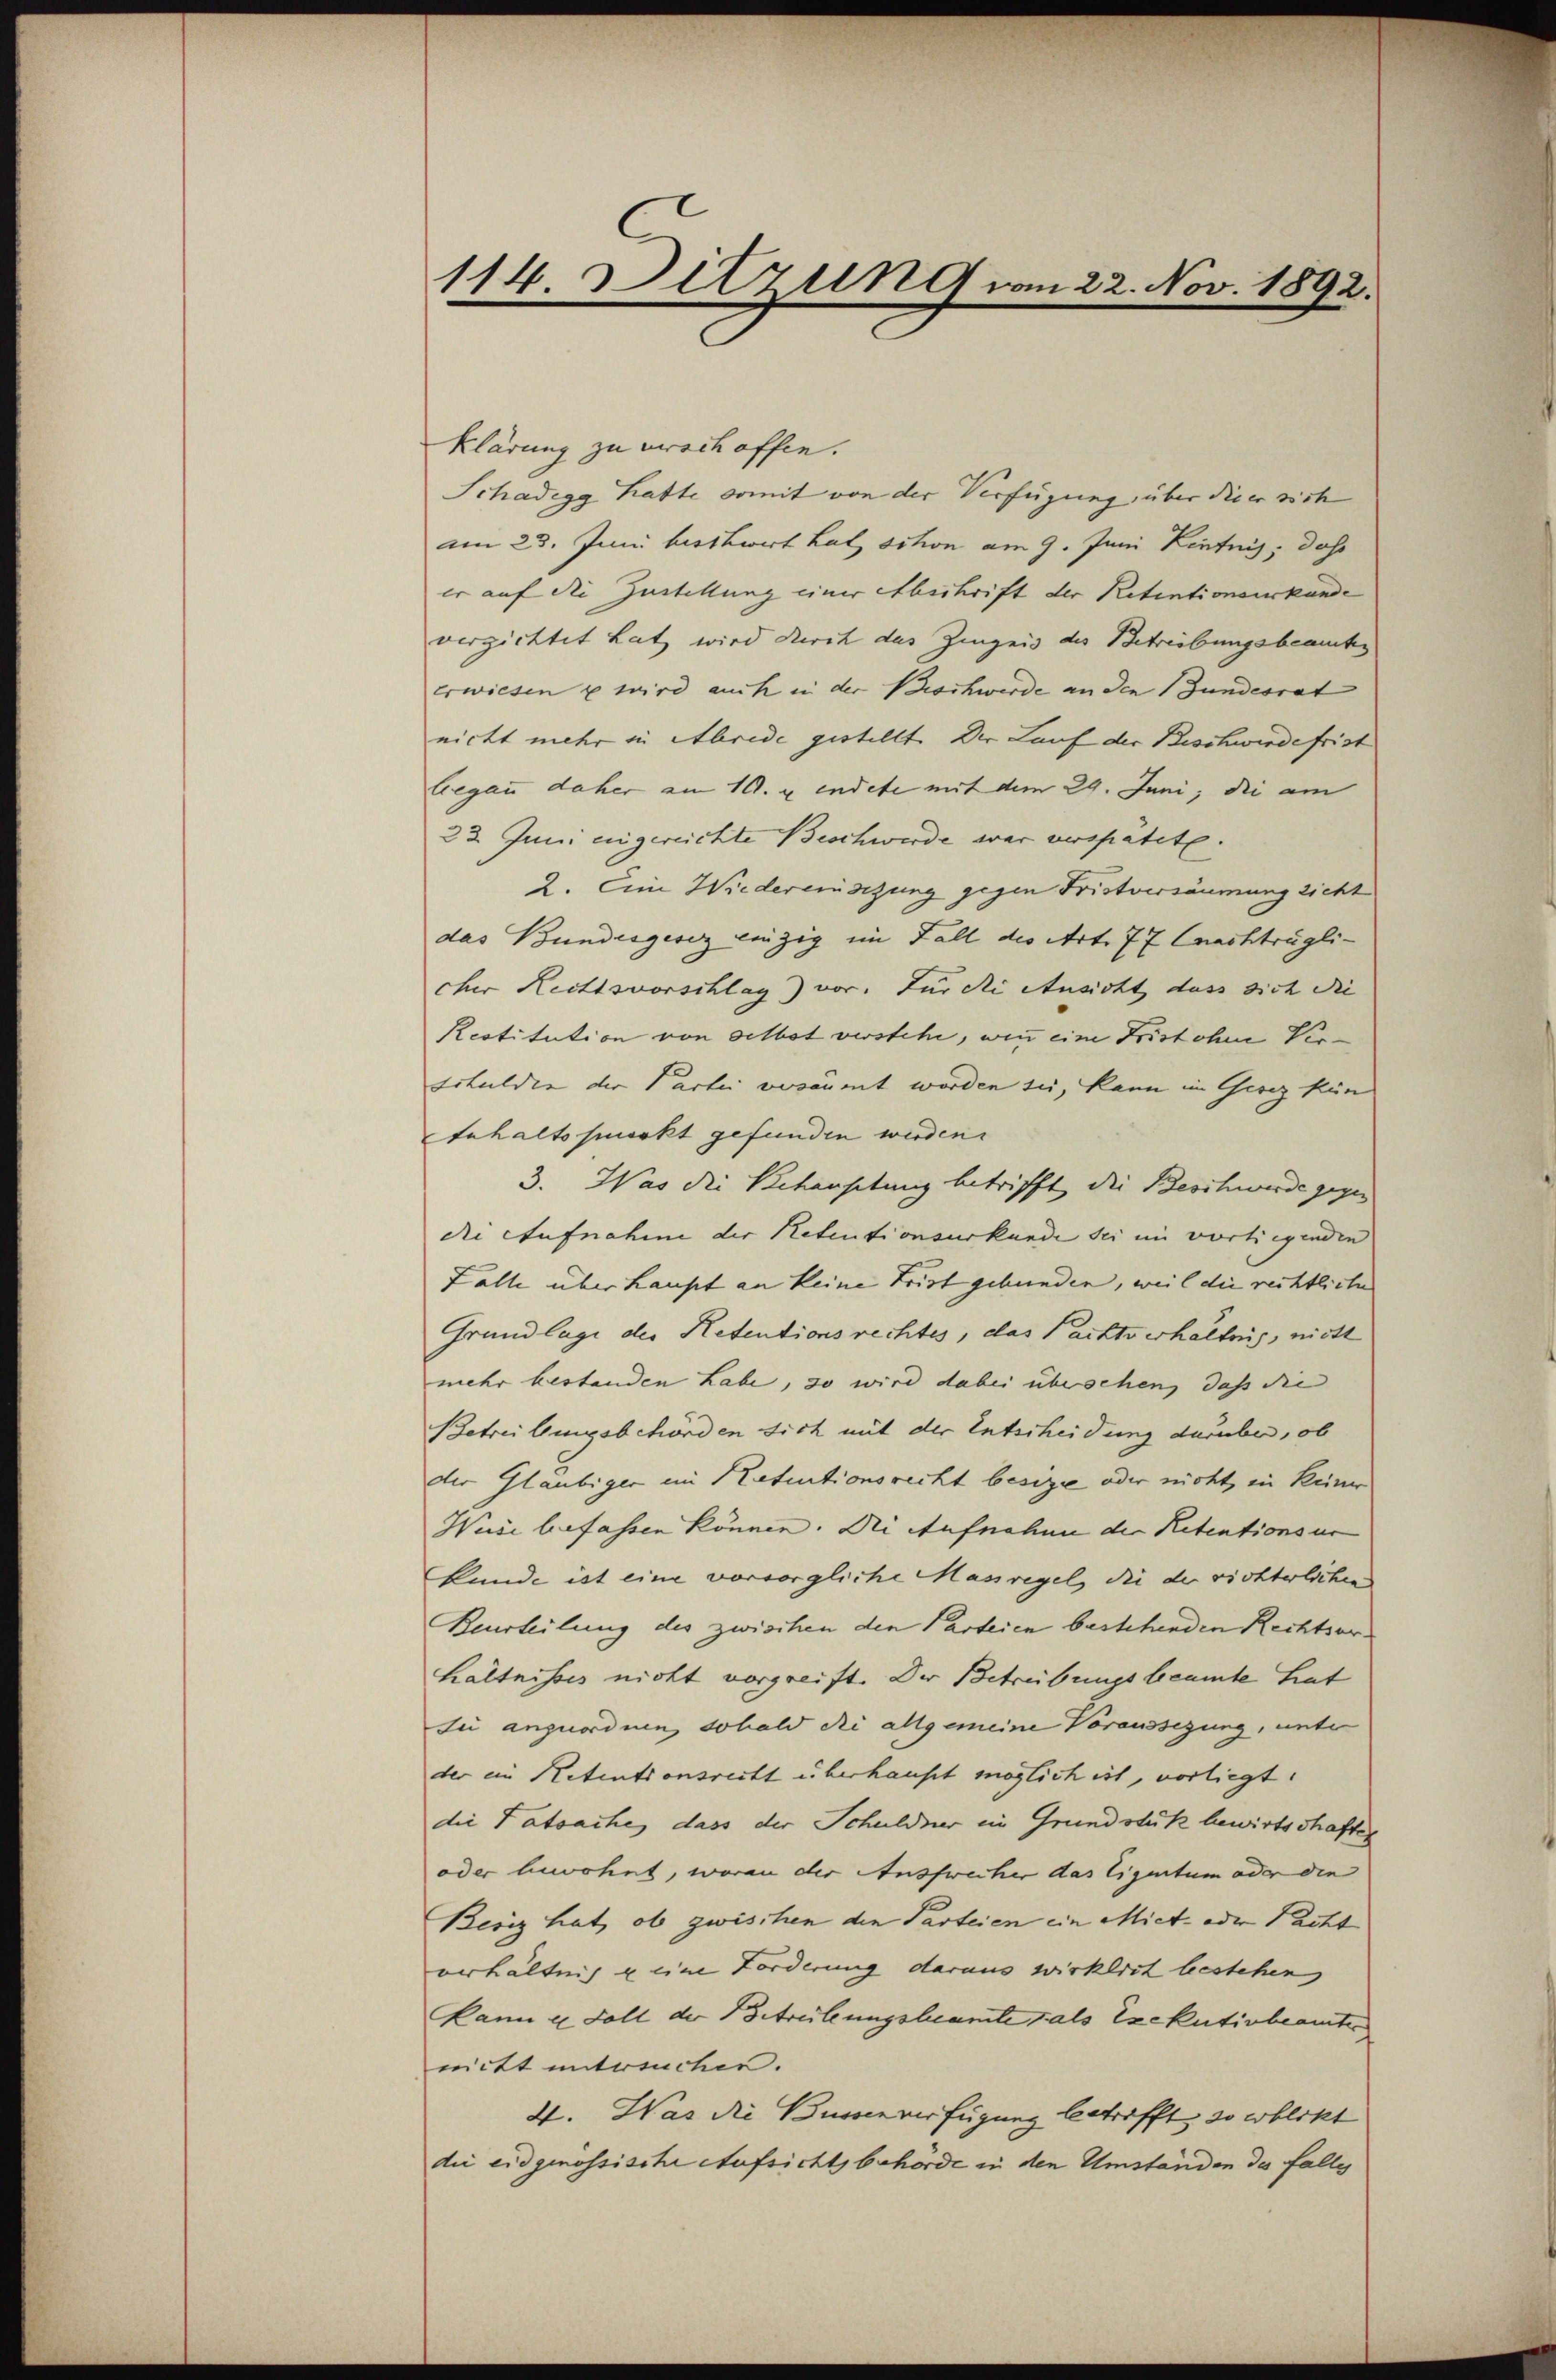
114 Sitzung vom 22. Nov. 1892.

klärung zu verschoffen.
Schadegg hatte somit von der Verfügung über dieer sich
am 23. Juni beschwert hat schon am 9. Juni Zentnis, dass
er auf die Zustellung einer Abschrift der Retentionsurkunde
verzichtet hat wird durch das Zeugnis des Betreibungsbeamtes
erwiesen u wird auch in der Beschwerde an den Gundesrat
nicht mehr in Abrede gestellt der Lauf der Beschwirdefrist
Gegau daher am 10. u indete mit dem 29. Juni, die am
23. Juni eingereichte Beschwerde war verspätete.
2. Eine Wiedereinsezung gegen Fristversäumung zicht
das Bundesgesez einzig im Fall des Art. 77 (nachträgli-
cher Rechtsvorschlag) vor. Für die Ansicht, dass sich die |
Restitution von selbst verstehe, wenn eine Frist ohne Ver¬
Erhuldin der Partei versäumt worden sei, kann im Gesez kün
Anhaltssmerkt gefunden werden.
3. Was die Schansetung betrifft, die Beschwerde gegen |
die Aufnahme der Retentionsurkunde sei im vorliegenden |
Lalle überhaupt an keine Frist gebunden, weil die rechtliche
Grundlage der Retentionsrechtes, das Pachtverhältnis, nicht
mehr bestanden habe, so wird dabei übersehen, daß die
Betreibungsbehörden sich mit der Entscheidung darüber, ob
der Gläubiger im Retentionsrecht besize oder nicht, in keiner
Weise befassen können. Die Aufnahme der Retentionsur
kunde ist eine vorsorgliche Massregel, die der richterlichen
Beurteilung des zwischen den Parteien bestehenden Rechtsorhältnisses nicht vorgreift. Der Betrübungsbeamte hat
si anzuordnen, sobald die allgemeine Voraussegung, unter
der ein Retentionsrecht überhaupt möglich ist, vorliegt.
die Tatsache, dass der Schuldner in Grundstük bewirtschaften
oder bewohnt, woran der Ausfwecher das Eigentum oder die
Besiz hat, ob zwischen die Parteien ein Miet- oder Pacht
verhältnis u eine Forderung daraus wirklich bestehen
kann u. Foll der Betretungsbeamte als Exekutivbeamte
nitt untersuchen.
X. Was die Bussen verfügung betrifft, so wblikt
die eidgenössische Aufsichtsbehörde in den Umständen des falles